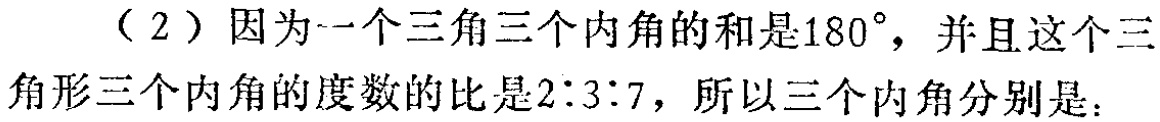
（2）因为一个三角三个内角的和是\(180^{\circ}\)，并且这个三角形三个内角的度数的比是\(2:3:7\)，所以三个内角分别是：